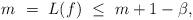
LaTeX: \begin{align*} m\ =\ L(f)\ \le \ m+1-\beta,\end{align*}